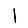
Digit: 1